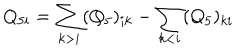
Q _ { 5 i } = \sum _ { k > i } ( Q _ { 5 } ) _ { i k } - \sum _ { k < i } ( Q _ { 5 } ) _ { k i }